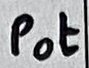
Text: Pot